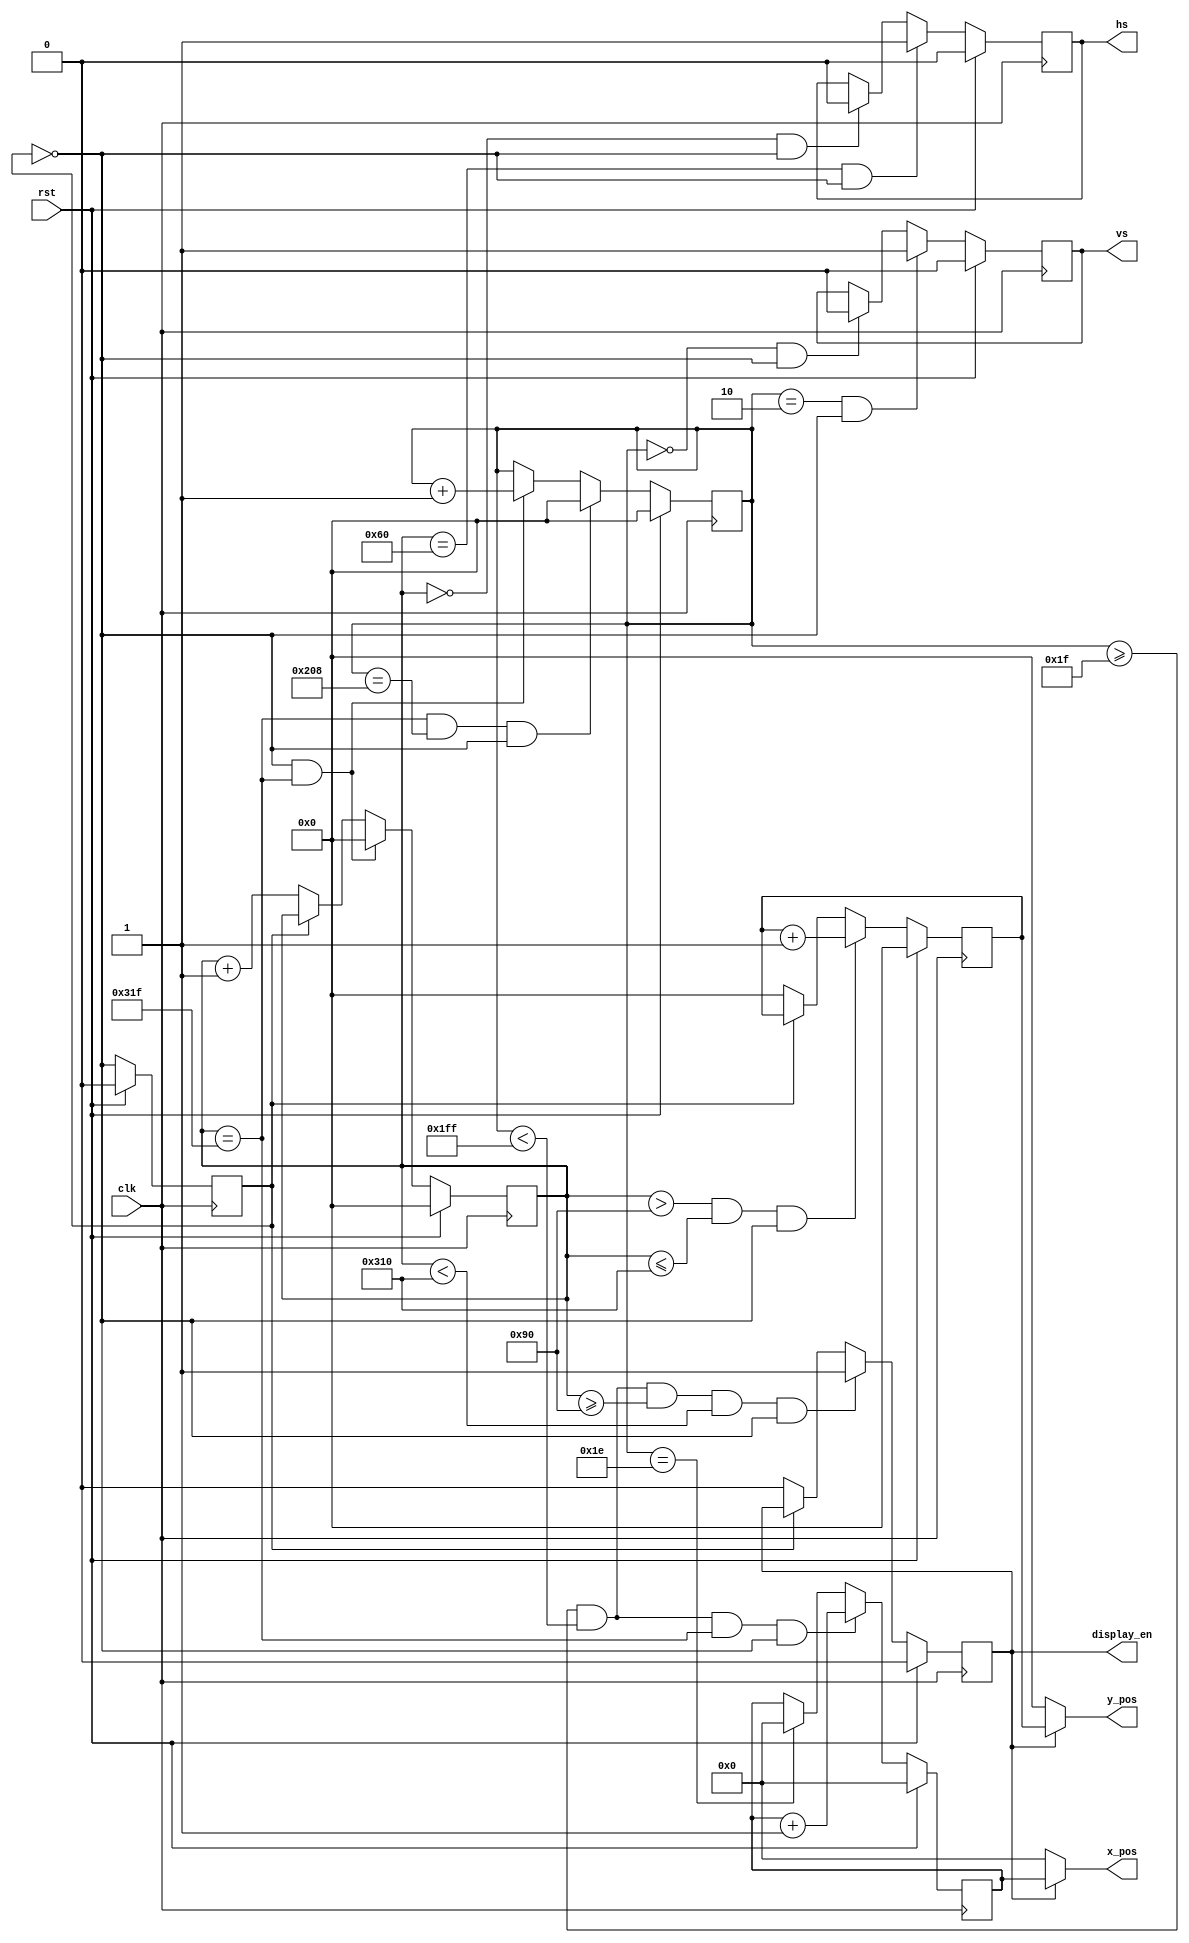
`timescale 1ns/1ps

module vgacontroller #(
	parameter HEIGHT=480,
	parameter WIDTH=640,
	parameter PERIOD_H=800,
	parameter PULSE_H=96,
	parameter BACK_H=48,
	parameter PERIOD_V=521,
	parameter PULSE_V=2,
	parameter BACK_V=29

) (
	input		 clk,
	input		 rst,
	output [clog2(HEIGHT)-1:0] 	 x_pos,
	output [clog2(WIDTH)-1:0] 	 y_pos,
	output reg	 display_en,
	output reg	 hs,
	output reg	 vs
); 

	reg clk_divider;
	reg [clog2(PERIOD_V)-1:0] vertical_counter;
	reg [clog2(PERIOD_H)-1:0] horizontal_counter;
	reg [clog2(HEIGHT)-1:0] x;
	reg [clog2(WIDTH)-1:0] y;

	always @ (posedge clk) 
	begin
		if (rst) begin
			clk_divider<= 0;
		end else begin 
			clk_divider<= ~clk_divider;
		end
   	end

/*	always @ (posedge clk)
	begin
		clk_divider<=0;
	end
*/

	always @ (posedge clk) 
	begin
		if (rst) begin
			horizontal_counter<= 0;
		end else if((clk_divider==0)&&(horizontal_counter==PERIOD_H-1)) begin 
			horizontal_counter<= 0;
		end else if(clk_divider==0) begin 
			horizontal_counter<= horizontal_counter+1;
		end
   	end

	always @ (posedge clk) 
	begin
		if (rst) begin
			vertical_counter<= 0;
		end else if((horizontal_counter==PERIOD_H-1)&&(vertical_counter==PERIOD_V-1)&&(clk_divider==0)) begin 
			vertical_counter<= 0;
		end else if((horizontal_counter==PERIOD_H-1)&&(clk_divider==0)) begin 
			vertical_counter<= vertical_counter+1;
		end
   	end

	always @ (posedge clk) 
	begin
		if (rst) begin
			hs <= 0;
		end else if((horizontal_counter==PULSE_H)&&(clk_divider==0)) begin 
			hs <= 1;
		end else if((horizontal_counter==0)&&(clk_divider==0)) begin
			hs <= 0;
		end
   	end

	always @ (posedge clk) 
	begin
		if (rst) begin
			vs <= 0;
		end else if((vertical_counter==PULSE_V)&&(clk_divider==0)) begin 
			vs <= 1;
		end else if((vertical_counter==0)&&(clk_divider==0)) begin
			vs <= 0;
		end
   	end

	always @ (posedge clk) 
	begin
		if (rst) begin
			display_en <= 0;
		end else if((vertical_counter>=PULSE_V+BACK_V)&&(vertical_counter<PULSE_V+BACK_V+HEIGHT)&&(horizontal_counter>=PULSE_H+BACK_H)&&(horizontal_counter<PULSE_H+BACK_H+WIDTH)&&(clk_divider==0)) begin 
			display_en <= 1;
		end else if(clk_divider==0) begin
			display_en <= 0;
		end
   	end

	always @ (posedge clk) 
	begin
		if (rst) begin
			y <= 0;
		end else if((horizontal_counter>PULSE_H+BACK_H)&&(horizontal_counter<=PULSE_H+BACK_H+WIDTH)&&(clk_divider==0)) begin 
			y <= y+1;
		end else if(clk_divider==0) begin
			y <= 0;
		end
   	end

	always @ (posedge clk) 
	begin
		if (rst) begin
			x <= 0;
		end else if((vertical_counter>=PULSE_V+BACK_V)&&(vertical_counter<PULSE_V+BACK_V+HEIGHT)&&(horizontal_counter==PERIOD_H-1)&&(clk_divider==0)) begin 
			x <= x+1;
		end else if(vertical_counter==PULSE_V+BACK_V-1) begin
			x <= 0;
		end
   	end

	assign x_pos = (display_en==1) ? x:0;
	assign y_pos = (display_en==1) ? y:0;

  //Solution from https://www.xilinx.com/support/answers/44586.html for clog2
  function integer clog2;
    input integer value;
    begin
      value = value-1;
      for (clog2=0; value>0; clog2=clog2+1)
        value = value>>1;
    end
  endfunction


endmodule